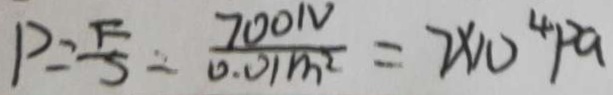
P = \frac { F } { S } = \frac { 7 0 0 N } { 0 . 0 1 m ^ { 2 } } = 7 \times 1 0 ^ { 4 } P a